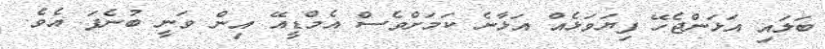
ބަލައި އަޅަންޖެހޭ ފިޔަވަޅެއް އަޅާނެ ކަމަށްވެސް އެމްޑީއޭ އިން ވަނީ ބުނެފަ އެވެ.